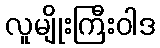
လူမျိုးကြီးဝါဒ